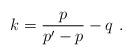
LaTeX: \begin{align*}k=\frac{p}{p'-p}-q\ .\end{align*}